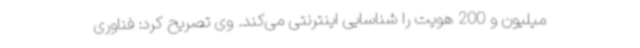
میلیون و 200 هویت را شناسایی اینترنتی می‌کند. وی تصریح کرد: فناوری